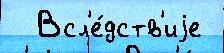
  Всл'е́дств'иjе